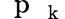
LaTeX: \mathrm{~\mathbf~p~}_{\mathrm{~\mathbf~k~}}